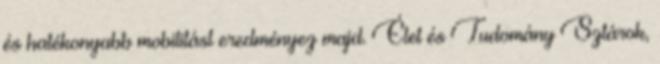
és hatékonyabb mobilitást eredményez majd. Élet és Tudomány Sztárok,